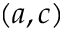
\left( a , c \right)